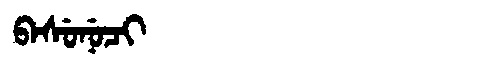
Manchu: ᠪᠠᠰᡠᠨᡠᠴᡳ
Romanization: BASUNUCI